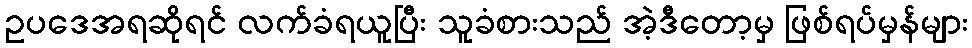
ဥပဒေအရဆိုရင် လက်ခံရယူပြီး သူခံစားသည် အဲ့ဒီတော့မှ ဖြစ်ရပ်မှန်များ